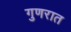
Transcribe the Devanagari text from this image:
गुणरात